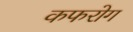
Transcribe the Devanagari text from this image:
कफरोग